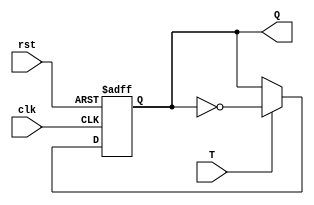
module TFF_wo_oneshot(clk, rst, T, Q);
input clk, rst;
input T;
output reg Q;

always @(posedge clk or negedge rst)
begin
    if(!rst)
        Q <= 0;
    else if(T)
        Q <= ~Q;
end
endmodule